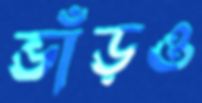
ভাঁড়ও